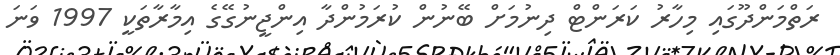
ރަތްމަންދޫގައި މިހާރު ކަރަންޓް ދިނުމަށް ބޭނުން ކުރަމުންދާ އިންޖީނުގޭގެ އިމާރާތަކީ 1997 ވަނަ